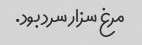
مرغ سزار سرد بود.